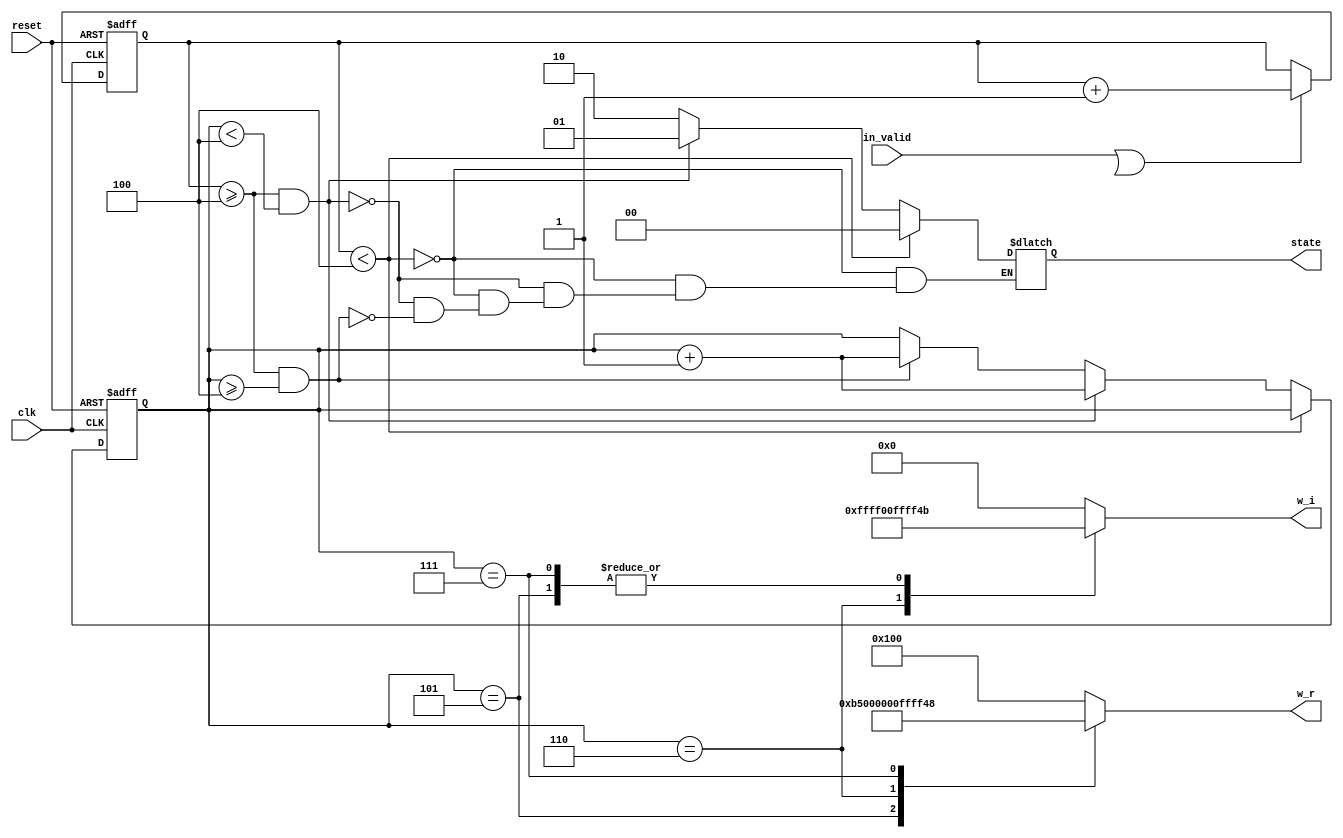
// This program was cloned from: https://github.com/abdelazeem201/Design-and-ASIC-Implementation-of-32-Point-FFT-Processor
// License: MIT License

// --------------------------------------------------------------------
// >>>>>>>>>>>>>>>>>>>>>>>>> COPYRIGHT NOTICE <<<<<<<<<<<<<<<<<<<<<<<<<
// --------------------------------------------------------------------
// Github: https://github.com/abdelazeem201
// Description: ROM_4 module
// Dependencies: 
// Since: 2021-12-20 07:10:20
// ********************************************************************
// Module Function
module ROM_4(
		input wire clk,
		input wire in_valid,
		input wire reset,
		output reg [23:0] w_r,
		output reg [23:0] w_i,
		output reg[1:0] state
	);

	reg valid,next_valid;
	reg [5:0] count,next_count;
	reg [2:0] s_count,next_s_count;

	always@(posedge clk or posedge reset)begin
		if(reset)begin
			count <= 0;
			s_count <= 0;
		end
		else begin
			count <= next_count;
			s_count <= next_s_count;
		end
	end
	
		always @(*) begin
		if(in_valid || valid)
		begin 
			next_count = count + 1;
			next_s_count = s_count;
		end
		else begin
			next_count = count;
			next_s_count = s_count;  
		end

		if (count<6'd4) 
			state = 2'd0;
		else if (count >= 6'd4 && s_count < 3'd4)begin
			state = 2'd1;
			next_s_count = s_count + 1;
		end
		else if (count >= 6'd4 && s_count >= 3'd4)begin
			state = 2'd2;
			next_s_count = s_count + 1;
		end
		case(s_count)
		3'd4: begin
			w_r = 24'b 00000000_00000001_00000000;
			w_i = 24'b 00000000_00000000_00000000;
			end
		3'd5: begin
			w_r = 24'b 00000000_00000000_10110101;
			w_i = 24'b 11111111_11111111_01001011;
			end
		3'd6: begin
			w_r = 24'b 00000000_00000000_00000000;
			w_i = 24'b 11111111_11111111_00000000;
			end
		3'd7: begin
			w_r = 24'b 11111111_11111111_01001011;
			w_i = 24'b 11111111_11111111_01001011;
			end
		default: begin
			w_r = 24'b 00000000_00000001_00000000;
			w_i = 24'b 00000000_00000000_00000000;
			end
		endcase
	end
endmodule